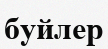
буйлер